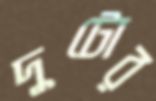
দুটোর